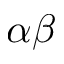
\alpha \beta